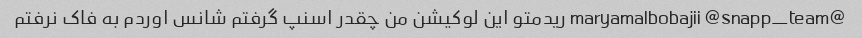
@maryamalbobajii @snapp_team ریدمتو این لوکیشن من چقدر اسنپ گرفتم شانس اوردم به فاک نرفتم